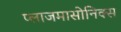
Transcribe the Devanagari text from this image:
प्लाजमासोनिक्स